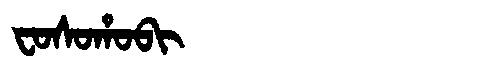
Manchu: ᠸᠣᠰᠣᡥᠣᠪᡳ
Romanization: FOSOHOBI